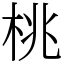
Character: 桃